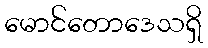
မောင်တောဒေသရှိ